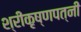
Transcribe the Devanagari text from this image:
श्रीकृष्णपत्नी